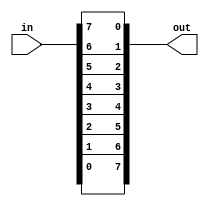
module top_module( 
    input [7:0] in,
    output [7:0] out
);
    // Reverse the bits using concatenation operator
    assign out = {in[0], in[1], in[2], in[3], in[4], in[5], in[6], in[7]};
endmodule